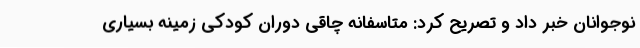
نوجوانان خبر داد و تصریح کرد: متاسفانه چاقی دوران کودکی زمینه بسیاری